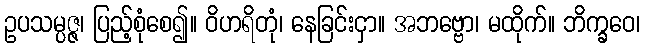
ဥပသမ္ပဇ္ဇ၊ ပြည့်စုံစေ၍။ ဝိဟရိတုံ၊ နေခြင်းငှာ။ အဘဗ္ဗော၊ မထိုက်။ ဘိက္ခဝေ၊